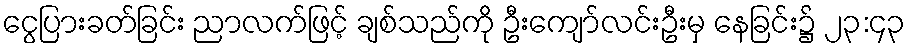
ငွေပြားခတ်ခြင်း ညာလက်ဖြင့် ချစ်သည်ကို ဦးကျော်လင်းဦးမှ နေခြင်း၌ ၂၃:၄၃